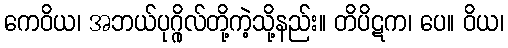
ကေဝိယ၊ အဘယ်ပုဂ္ဂိုလ်တို့ကဲ့သို့နည်း။ တိပိဋက၊ ပေ။ ဝိယ၊